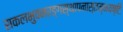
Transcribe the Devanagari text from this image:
सकलभुवनरङ्गस्थापनास्तम्भयष्टिः